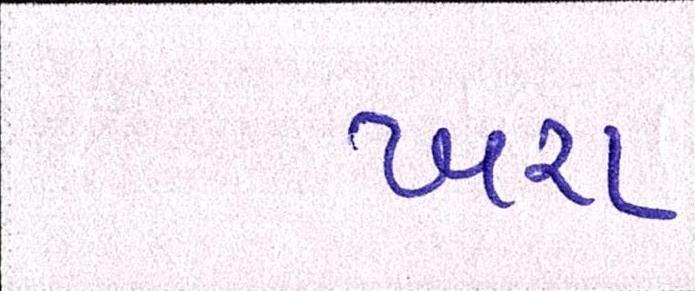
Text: ખરા